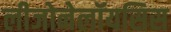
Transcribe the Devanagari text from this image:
लीजोनेलॉयसिस